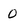
Character: 0